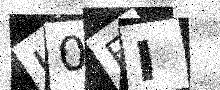
Text: L0FI